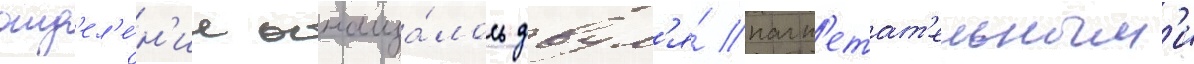
отд'ел'е́н'ие оснаща́лось двум'я́ нагн'етат'ельным'и